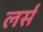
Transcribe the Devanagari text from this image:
लर्स